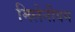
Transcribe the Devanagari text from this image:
मिलेनीयम